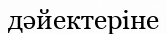
дәйектеріне